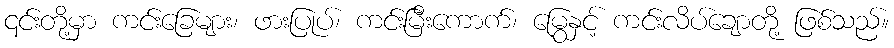
၎င်းတို့မှာ ကင်းခြေများ၊ ဖားပြုပ်၊ ကင်းမြီးကောက်၊ မြွေနှင့် ကင်းလိပ်ချောတို့ ဖြစ်သည်။